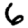
Digit: 6